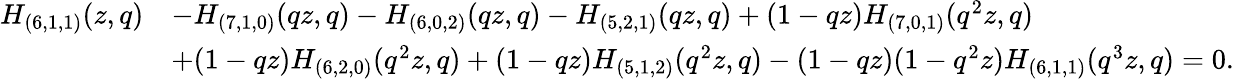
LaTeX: \begin{array}{rl}{H_{(6,1,1)}(z,q)}&{-H_{(7,1,0)}(qz,q)-H_{(6,0,2)}(qz,q)-H_{(5,2,1)}(qz,q)+(1-qz)H_{(7,0,1)}(q^{2}z,q)}\\ &{+(1-qz)H_{(6,2,0)}(q^{2}z,q)+(1-qz)H_{(5,1,2)}(q^{2}z,q)-(1-qz)(1-q^{2}z)H_{(6,1,1)}(q^{3}z,q)=0.}\end{array}